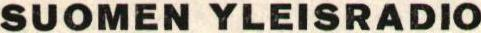
SUOMEN YLEISRADIO